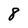
Character: 8